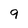
Character: 9